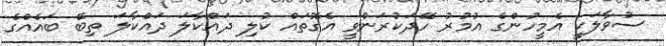
ސުވާލަކީ އެމީހުންގެ އުމުރު ހޭދަކުރަންވީ އެގޮތައް ކުލި ދައްކާލަ ދައްކާލަ ތިބޭ ބައެއްގެ